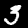
Digit: 3